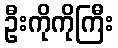
ဦးကိုကိုကြီး